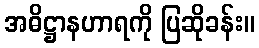
အဓိဋ္ဌာနဟာရကို ပြဆိုခန်း။